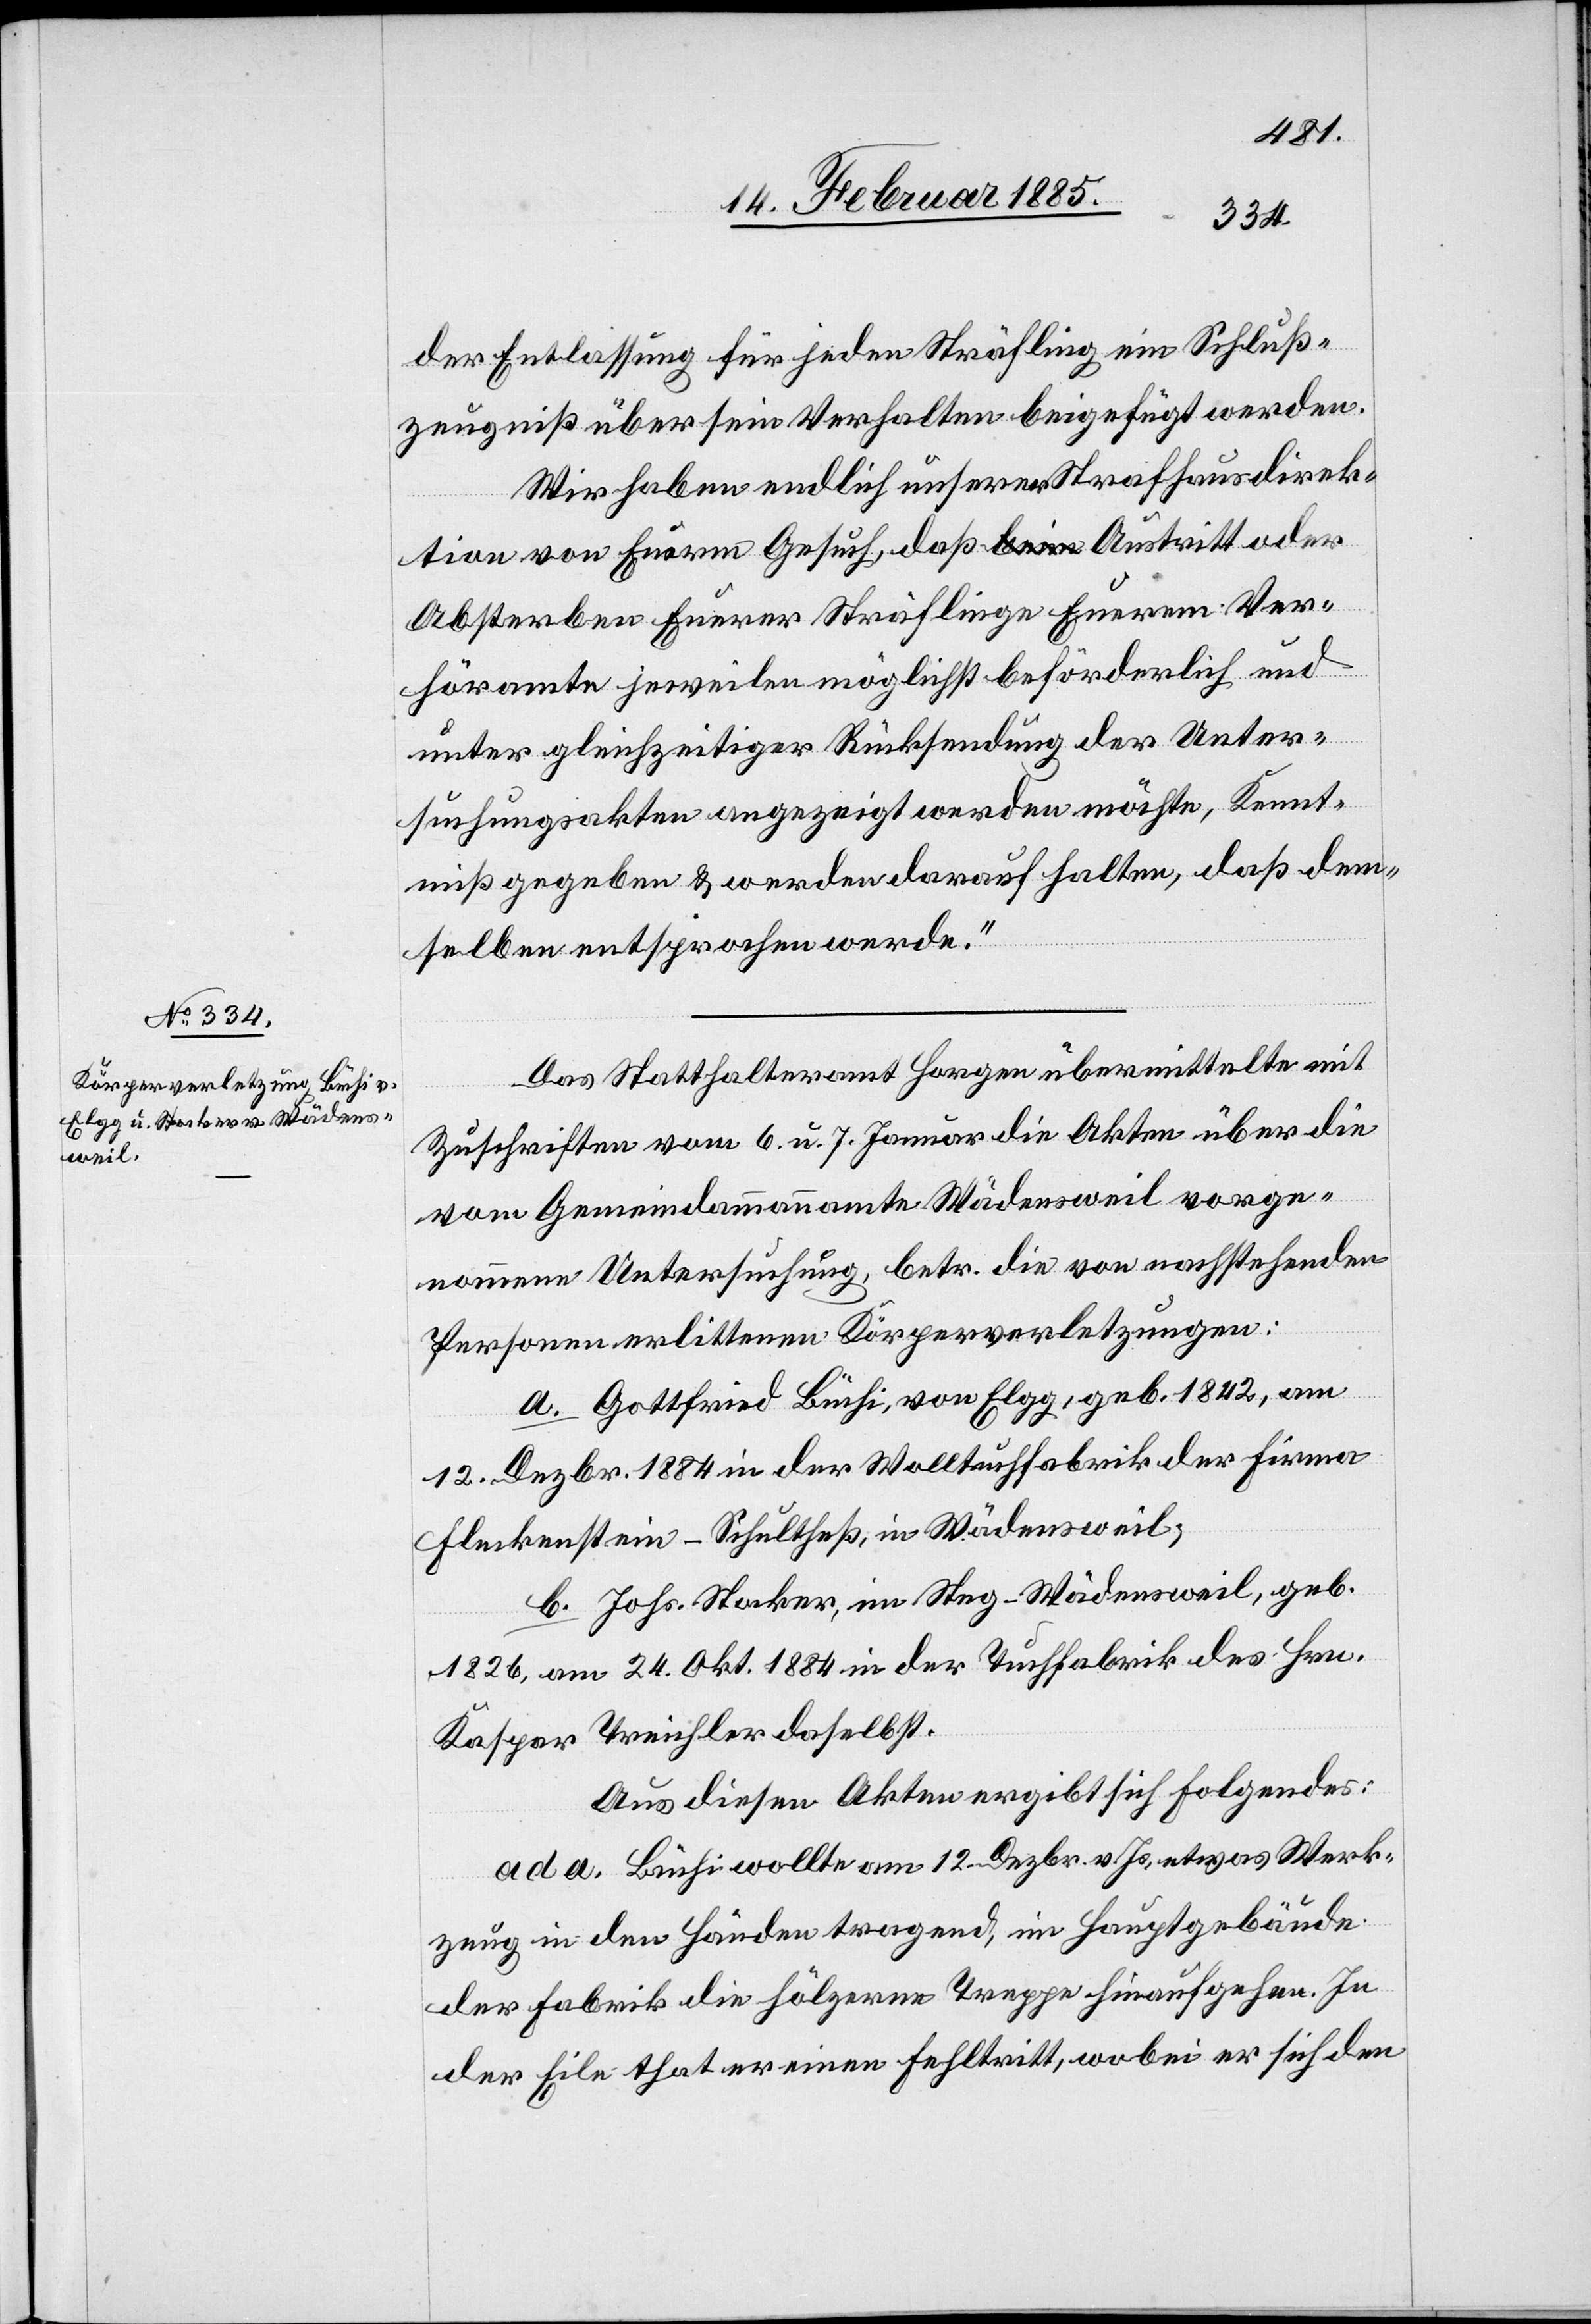
der Entlassung für jeden Sträfling ein Schluß¬
zeugniß über sein Verhalten beigefügt werden.
Wir haben endlich unserer Strafhausdirek¬
tion von Eurem Gesuch, daß a-beim-a Austritt oder
Absterben Eurer Sträflinge Euerem Ver¬
höramte jeweilen möglichst beförderlich und
unter gleichzeitiger Rücksendung der Unter¬
suchungsakten angezeigt werden möchte, Kennt¬
niß gegeben & werden darauf halten, daß dem¬
selben entsprochen werde.“
Das Statthalteramt Horgen übermittelte mit
Zuschrift vom 6. u. 7. Januar die Akten über die
vom Gemeindammannamte Wädensweil vorge¬
nommene Untersuchung, betr. die von nachstehenden
Personen erlittenen Körperverletzungen:
a. Gottfried Büchi, von Elgg, geb. 1842, am
12. Dezbr. 1884 in der Wolltuchfabrik der Firma
Fleckenstein-Schultheß, in Wädensweil;
b. Johs. Stocker, im Steg - Wädensweil, geb.
1826, am 24. Okt. 1884 in der Tuchfabrik des Hrn.
Kaspar Treichler daselbst.
Aus diesen Akten ergibt sich folgendes:
ad a. Büchi wollte am 12. Dezbr. v. Js., etwas Werk¬
zeug in den Händen tragend, im Hauptgebäude
der Fabrik die hölzerne Treppe hinaufgehen. In
der Eile that er einen Fehltritt, wobei er sich den